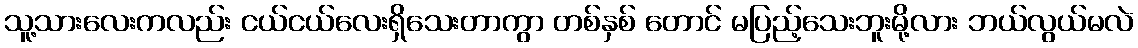
သူ့သားလေးကလည်း ငယ်ငယ်လေးရှိသေးတာကွာ တစ်နှစ် တောင် မပြည့်သေးဘူးမို့လား ဘယ်လွယ်မလဲ